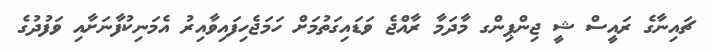
ޗައިނާގެ ރައީސް ޝީ ޖިންޕިންގ މާދަމާ ރާއްޖެ ވަޑައިގަތުމަށް ހަމަޖެހިފައިވާއިރު އެމަނިކުފާނަށާއި ވަފުދުގެ